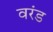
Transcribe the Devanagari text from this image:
वरंड